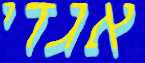
אגדי